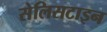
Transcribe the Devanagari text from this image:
सेलिसटाइन